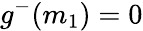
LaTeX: g^{-}(m_{1})=0